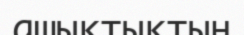
ашықтықтың